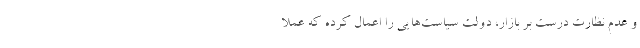
و عدم نظارت درست بر بازار، دولت سیاست‌هایی را اعمال کرده که عملاً